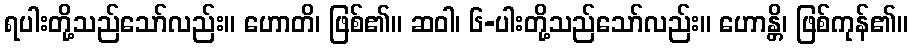
ရပါးတို့သည်သော်လည်း။ ဟောတိ၊ ဖြစ်၏။ ဆဝါ၊ ၆-ပါးတို့သည်သော်လည်း။ ဟောန္တိ၊ ဖြစ်ကုန်၏။